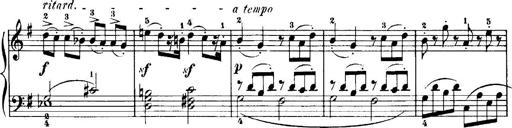
Title: 7 Sonatinas
Composer: Anton Diabelli